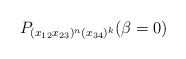
\begin{gather*}P_{(x_{12} x_{23})^n (x_{34})^k}(\beta=0)\end{gather*}